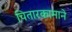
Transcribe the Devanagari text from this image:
चितारकामाने